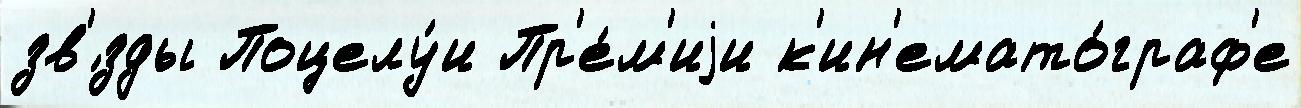
зв'́зды Поцелу́и Пр'е́м'иjи к'ин'емато́граф'е